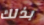
بذلك